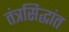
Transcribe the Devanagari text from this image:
तंत्रसिद्धांत